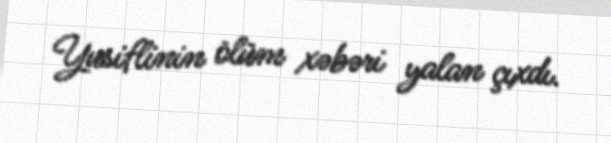
Yusiflinin ölüm xəbəri yalan çıxdı.